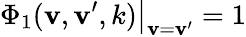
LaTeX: \Phi_{1}(\mathbf{v},\mathbf{v}^{\prime},k)\big|_{\mathbf{v}=\mathbf{v}^{\prime}}=1